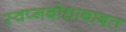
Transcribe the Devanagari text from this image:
स्वप्नबोधाबाबत